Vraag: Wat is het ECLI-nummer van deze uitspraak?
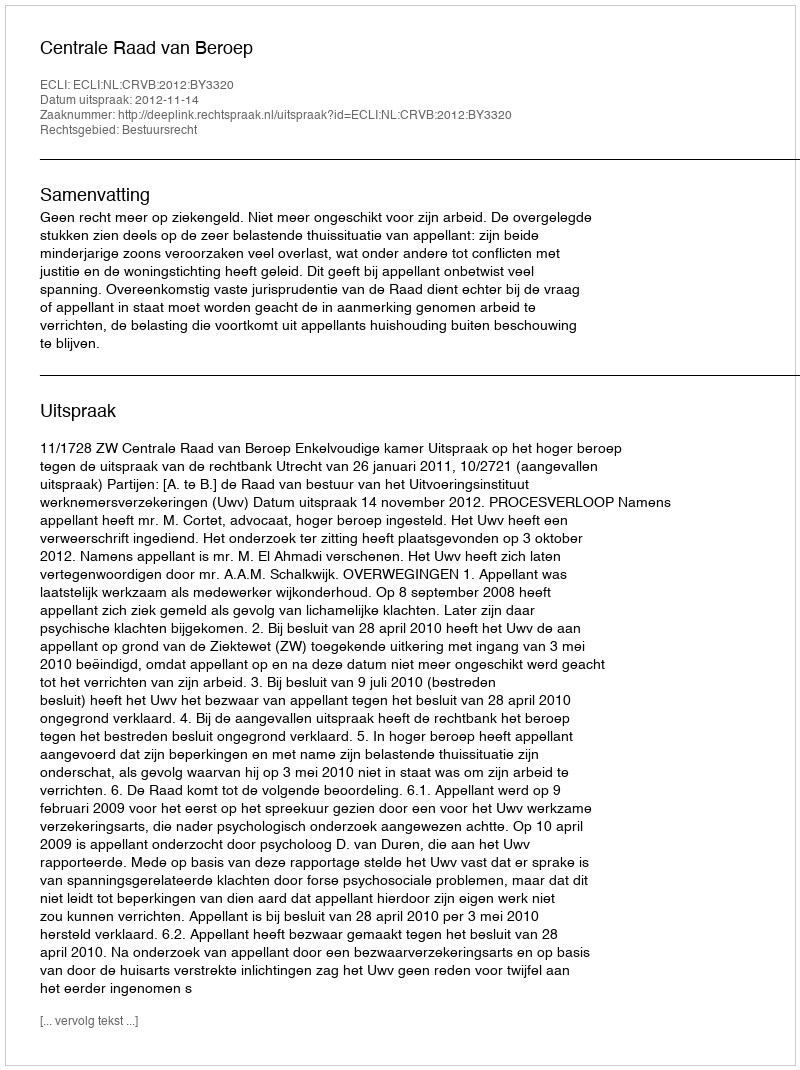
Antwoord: ECLI:NL:CRVB:2012:BY3320